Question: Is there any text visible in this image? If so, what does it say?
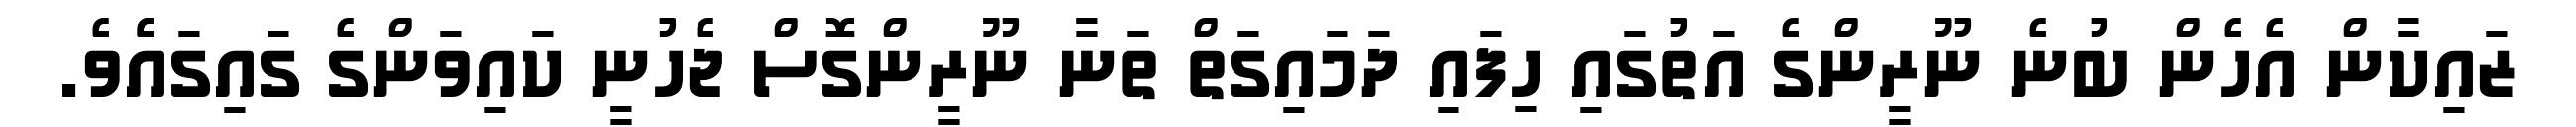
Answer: ޒައިކާން އެހެން ބުނެ ނޫރީންގެ އަތުގައި ހިފައި ދަމައިގަތް ތަނާ ނޫރީންގޮސް ޖެހުނީ ކައިވަންގެ ގައިގައެެވެ.